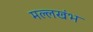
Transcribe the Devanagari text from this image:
मल्लखंभ